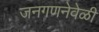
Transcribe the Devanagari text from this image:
जनगणनेवेळी